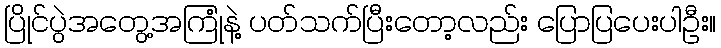
ပြိုင်ပွဲအတွေ့အကြုံနဲ့ ပတ်သက်ပြီးတော့လည်း ပြောပြပေးပါဦး။